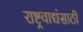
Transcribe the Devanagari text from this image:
राष्ट्रवाद्यंसाठी